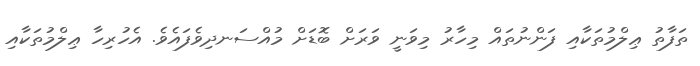
ތަފާތު ޢިލްމުތަކާއި ފަންނުތައް މިހާރު މިވަނީ ވަރަށް ބޮޑަށް މުއްސަނދިވެފައެވެ. އެހުރިހާ ޢިލްމުތަކާއި